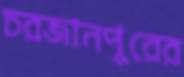
চরজানপুরের